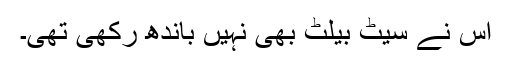
اس نے سیٹ بیلٹ بھی نہیں باندھ رکھی تھی۔